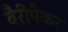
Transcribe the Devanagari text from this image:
बैरीपैकर